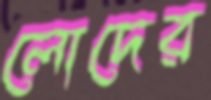
লোদের